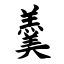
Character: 羹